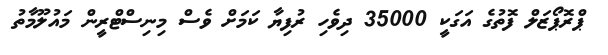
ޕްރޮޕޯޒަލް ފޮތުގެ އަގަކީ 35000 ދިވެހި ރުފިޔާ ކަމަށް ވެސް މިނިސްޓްރީން މައުލޫމާތު